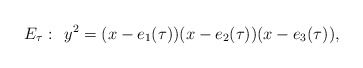
\begin{align*}E_{\tau}: \: \: y^2 = (x-e_1(\tau))(x-e_2(\tau))(x-e_3(\tau)),\end{align*}